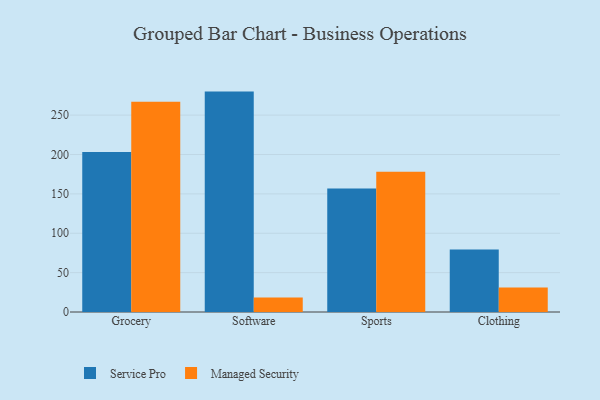
{"axis": {"x": "Category", "y": "Inventory Turnover"}, "legend": ["Managed Security", "Service Pro"], "data": [{"x": "Grocery", "y": 203.2, "type": "Service Pro"}, {"x": "Grocery", "y": 267.1, "type": "Managed Security"}, {"x": "Software", "y": 279.9, "type": "Service Pro"}, {"x": "Software", "y": 18.4, "type": "Managed Security"}, {"x": "Sports", "y": 156.7, "type": "Service Pro"}, {"x": "Sports", "y": 178.1, "type": "Managed Security"}, {"x": "Clothing", "y": 79.4, "type": "Service Pro"}, {"x": "Clothing", "y": 31.1, "type": "Managed Security"}]}